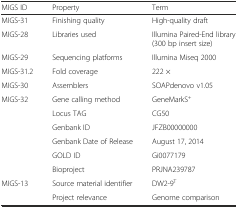
<table><thead><tr><td><b>MIGS ID</b></td><td><b>Property</b></td><td><b>Term</b></td></tr></thead><tbody><tr><td>MIGS-31</td><td>Finishing quality</td><td>High-quality draft</td></tr><tr><td>MIGS-28</td><td>Libraries used</td><td>Illumina Paired-End library (300 bp insert size)</td></tr><tr><td>MIGS-29</td><td>Sequencing platforms</td><td>Illumina Miseq 2000</td></tr><tr><td>MIGS-31.2</td><td>Fold coverage</td><td>222 ×</td></tr><tr><td>MIGS-30</td><td>Assemblers</td><td>SOAPdenovo v1.05</td></tr><tr><td>MIGS-32</td><td>Gene calling method</td><td>GeneMarkS<sup>+</sup></td></tr><tr><td></td><td>Locus TAG</td><td>CG50</td></tr><tr><td></td><td>Genbank ID</td><td>JFZB00000000</td></tr><tr><td></td><td>Genbank Date of Release</td><td>August 17, 2014</td></tr><tr><td></td><td>GOLD ID</td><td>Gi0077179</td></tr><tr><td></td><td>Bioproject</td><td>PRJNA239787</td></tr><tr><td>MIGS-13</td><td>Source material identifier</td><td>DW2-9<sup>T</sup></td></tr><tr><td></td><td>Project relevance</td><td>Genome comparison</td></tr></tbody></table>